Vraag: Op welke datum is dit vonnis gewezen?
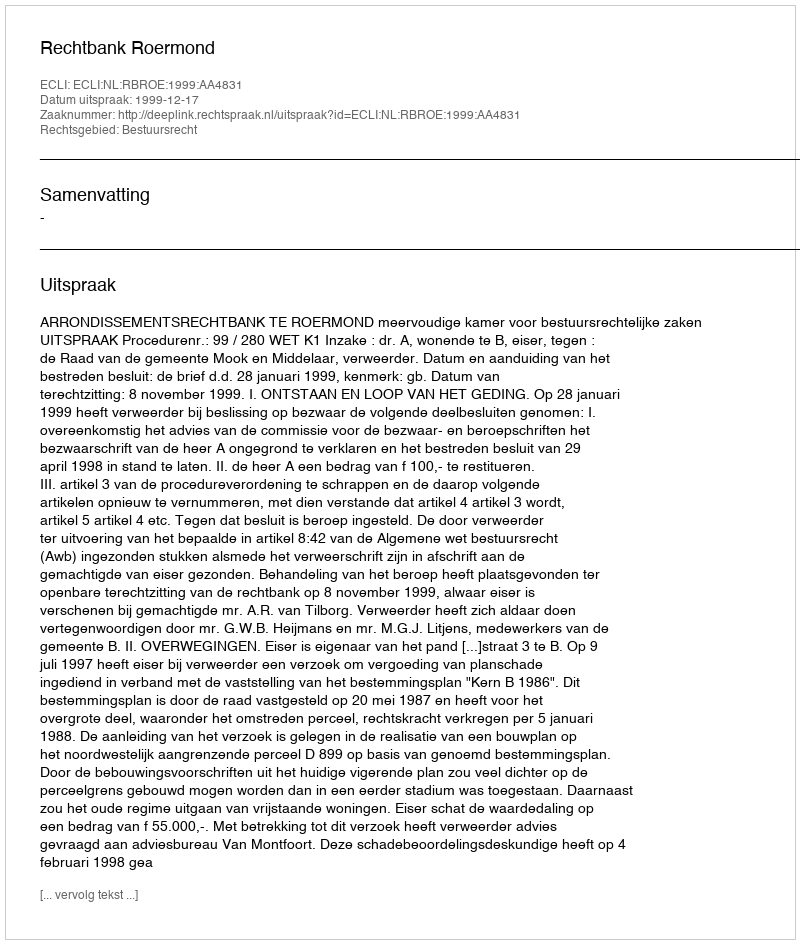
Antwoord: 1999-12-17